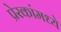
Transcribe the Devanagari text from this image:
प्रेरकांमध्ये